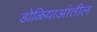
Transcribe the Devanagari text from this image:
डोळियाआंतील